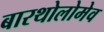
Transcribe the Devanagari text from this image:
बारथोलोमेव